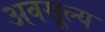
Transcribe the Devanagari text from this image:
अवसूल्य